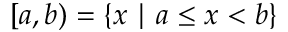
[ a , b ) = \{ x \mid a \leq x < b \}